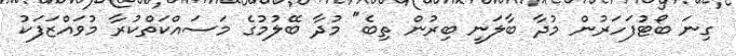
ގިނަ ބޯޓުފަހަރުން މުދާ ބާލަނީ ބިރުން ތިބެ" މުދާ ބޭލުމުގެ މަސައްކަތްކުރާ މުވައްޒަފަކު